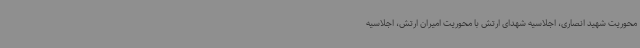
محوریت شهید انصاری، اجلاسیه شهدای ارتش با محوریت امیران ارتش، اجلاسیه